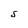
Character: S